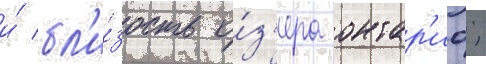
и́ бл'и́зость о́з'ера онтар'ио;